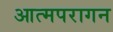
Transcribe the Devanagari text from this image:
आत्मपरागन